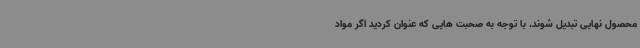
محصول نهایی تبدیل شوند. با توجه به صحبت هایی که عنوان کردید اگر مواد